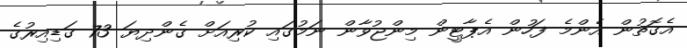
އެގޮތުން އެންމެ ފަހުން އެޕާޓީން މިންޖުވާން ނަމުގައި ކުރިއަށް ގެންދިޔަ 73 ގަޑިއިރުގެ